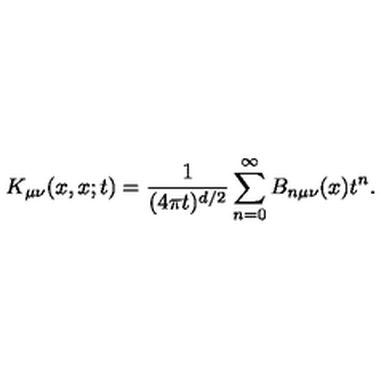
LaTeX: K _ { \mu \nu } ( x , x ; t ) = { \frac { 1 } { ( 4 \pi t ) ^ { d / 2 } } } \sum _ { n = 0 } ^ { \infty } B _ { n \mu \nu } ( x ) t ^ { n } .